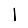
Digit: 1